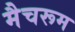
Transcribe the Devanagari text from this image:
मैचरूम